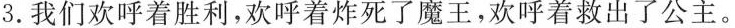
3.我们欢呼着胜利，欢呼着炸死了魔王，欢呼着救出了公主。